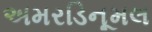
અમરડિનૂમલ